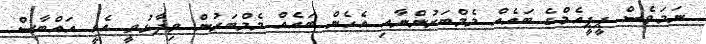
ނަމަވެސް ޕީޕީއެމްގެ ބައެއް މެމްބަރުންނާއި އެހެން ބައެއް މެމްބަރުން ވިދާޅުވީ އެއީ އައްބާސް